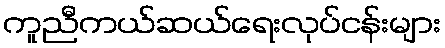
ကူညီကယ်ဆယ်ရေးလုပ်ငန်းများ